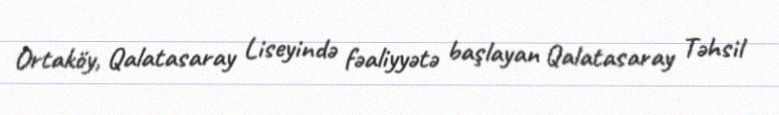
Ortaköy, Qalatasaray Liseyində fəaliyyətə başlayan Qalatasaray Təhsil